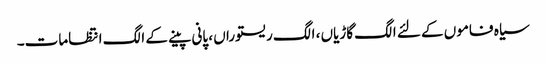
سیاہ فاموں کے لئے الگ گاڑیاں ، الگ ریستوراں ، پانی پینے کے الگ انتظامات۔